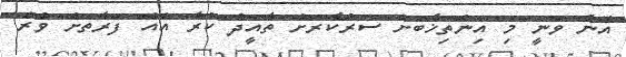
އޭނާ ވަނީ މި އިންތިޚާބަށް ސަރުކާރަށް ތާއީދު ކުރާ އެއް ފަރާތަށް ވުރެ